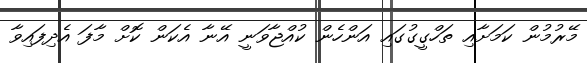
މޭރުމުން ކަމަށާއި ތަހްގީގުގައި އަންހެން ކުއްޖާވަނީ އޭނާ އެކަން ކޮށް މާފަ އެދިފައިވާ